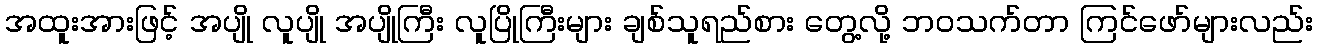
အထူးအားဖြင့် အပျို လူပျို အပျိုကြီး လူပြိုကြီးများ ချစ်သူရည်စား တွေ့လို့ ဘဝသက်တာ ကြင်ဖော်များလည်း